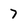
Character: 7